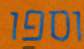
וספו